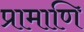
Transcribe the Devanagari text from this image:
प्रामाणि